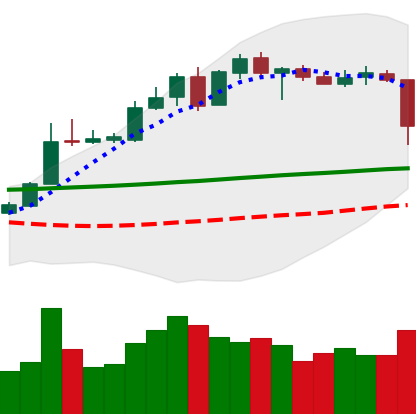
Ticker: XLM-USD
Chart end date: 2020-05-10
Forward return: 4.803%
Label: up_3_5